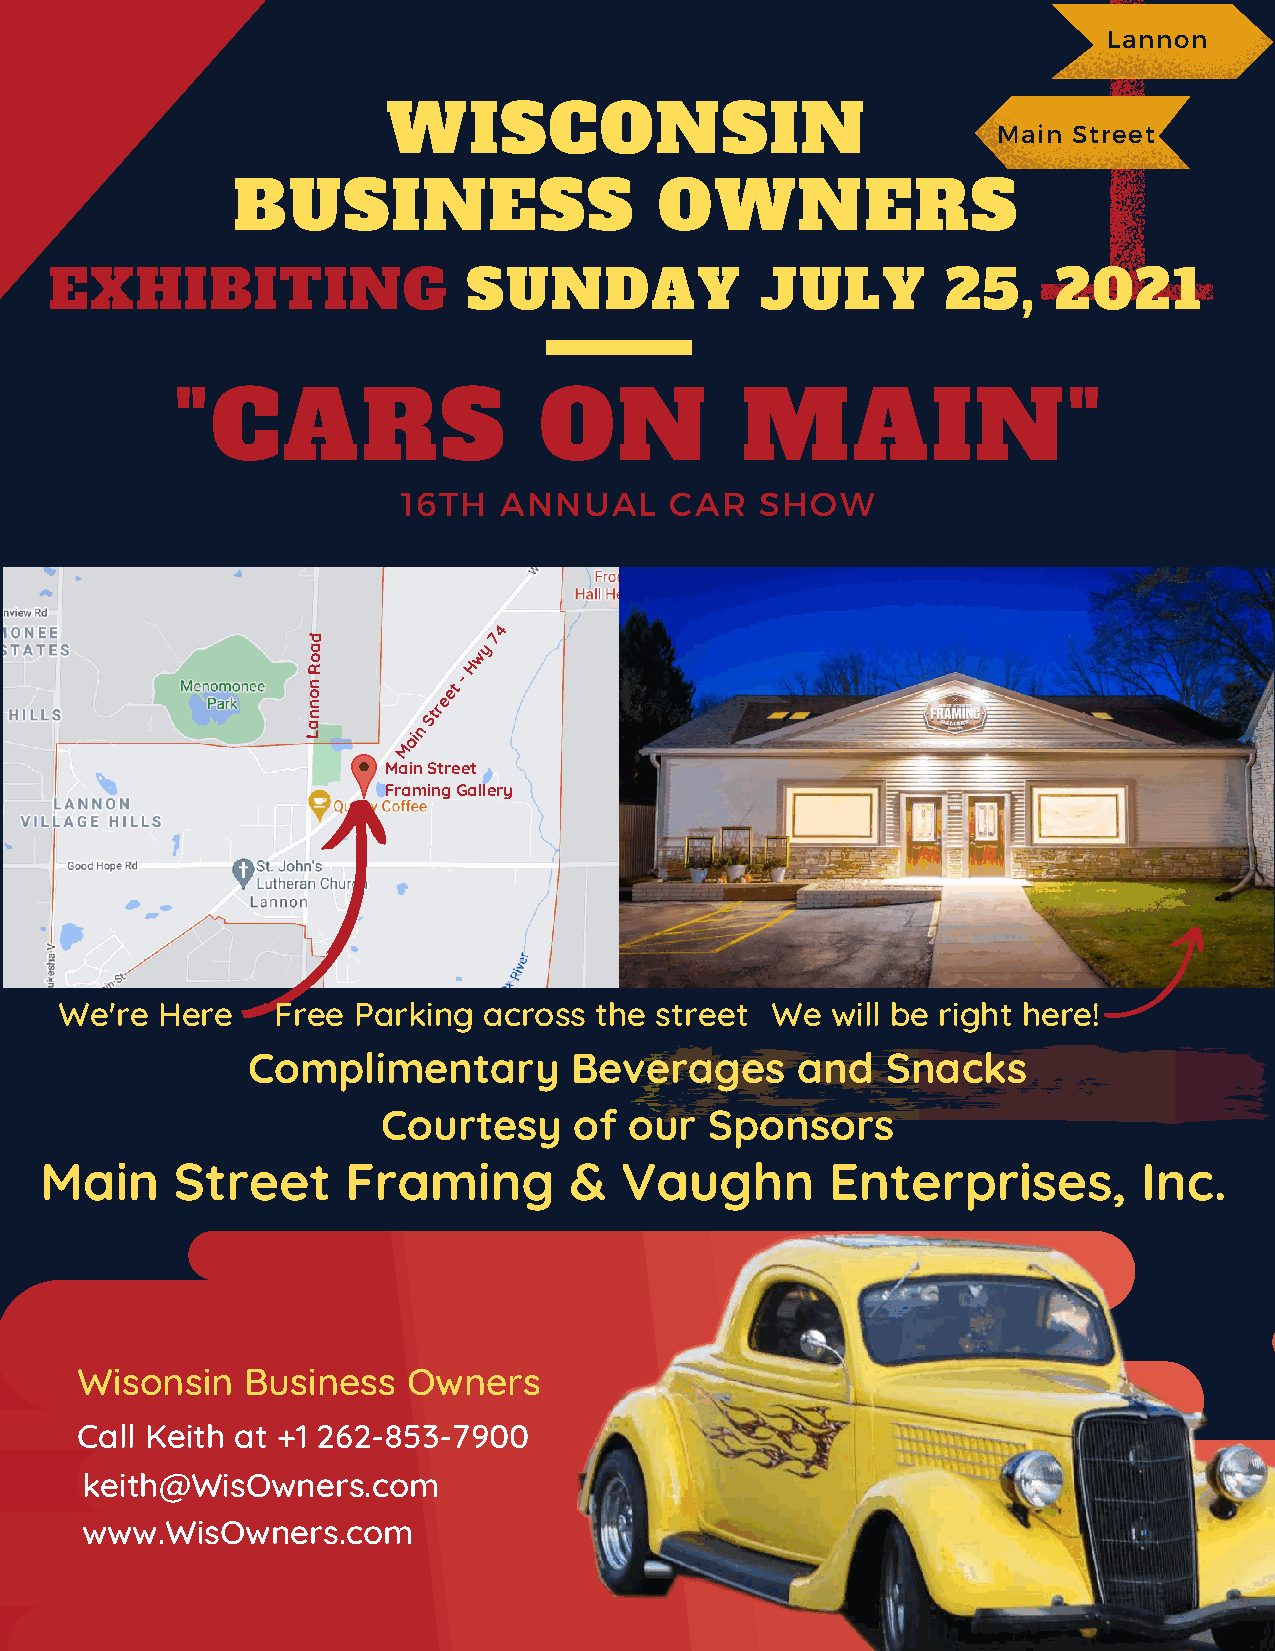
Lannon
 WISCONSIN
 Main Street
 BUSINESS                     OWNERS
 EXHIBITING                  SUNDAY             JULY         25,    2021
 "CARS                   ON           MAIN"
 16TH  ANNUAL     CAR   SHOW
 4
 ad
 y
 7
 o           w
 nnon
 R
 Street
 -
 H
 La     ain
 M
 Main Street
 Framing Gallery
 We're Here    Free Parking  across the street  We  will be right here!
 Complimentary         Beverages      and   Snacks
 Courtesy     of  our  Sponsors
 Main     Street     Framing        &  Vaughn        Enterprises,         Inc.
 Wisonsin   Business   Owners
 Call Keith at +1 262-853-7900
 keith@WisOwners.com
 www.WisOwners.com